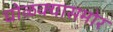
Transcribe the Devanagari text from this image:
घोळक्यासमोर